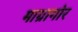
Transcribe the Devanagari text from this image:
माग्रागोर